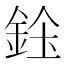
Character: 𨦓